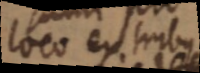
loco extribus